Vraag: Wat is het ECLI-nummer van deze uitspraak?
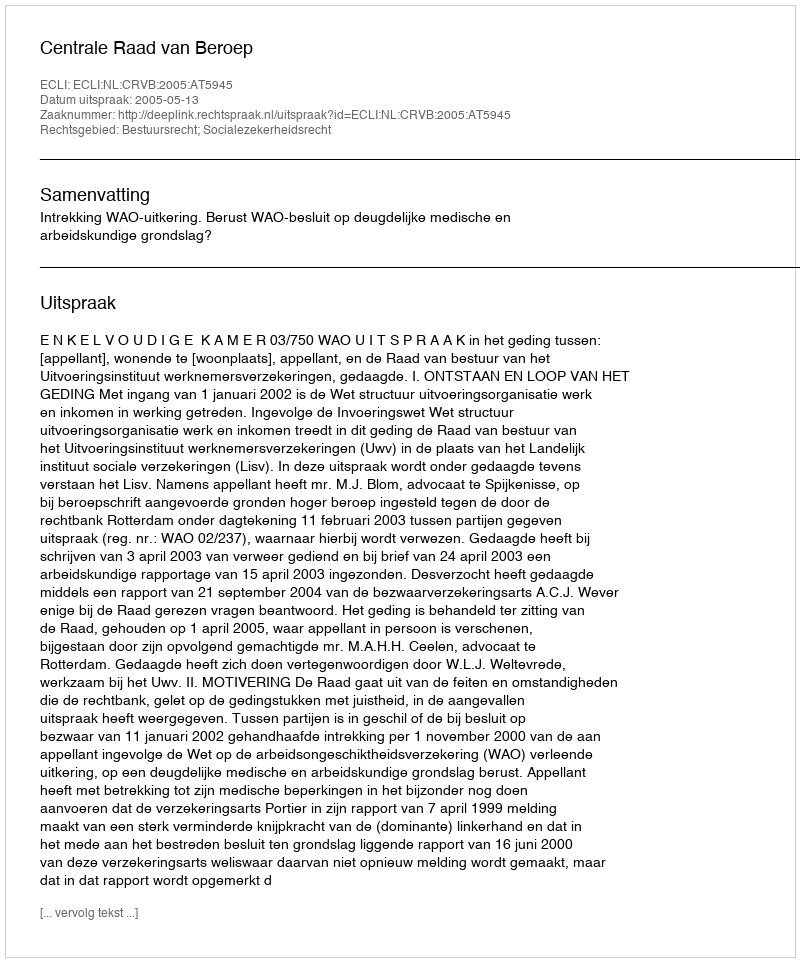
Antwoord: ECLI:NL:CRVB:2005:AT5945